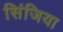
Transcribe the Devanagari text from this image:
सिंजिया